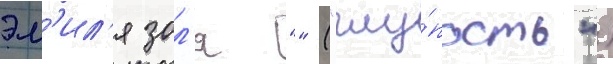
эм'ил'я зол'я "" ("глу́пость")